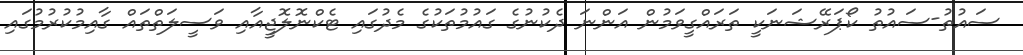
ސައުތު-ސައުތު ކޯޕަރޭޝަނަކީ ތަރައްގީވަމުން އަންނަ ދެކުނުގެ ގައުމުތަކުގެ މެދުގައި ޓެކްނޮލޮޖީއާއި ވަސީލަތްތައް ގާއިމުކުރުމުގައި